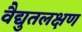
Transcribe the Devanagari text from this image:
वैद्युतलक्षण